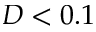
D < 0 . 1